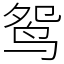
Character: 鸳